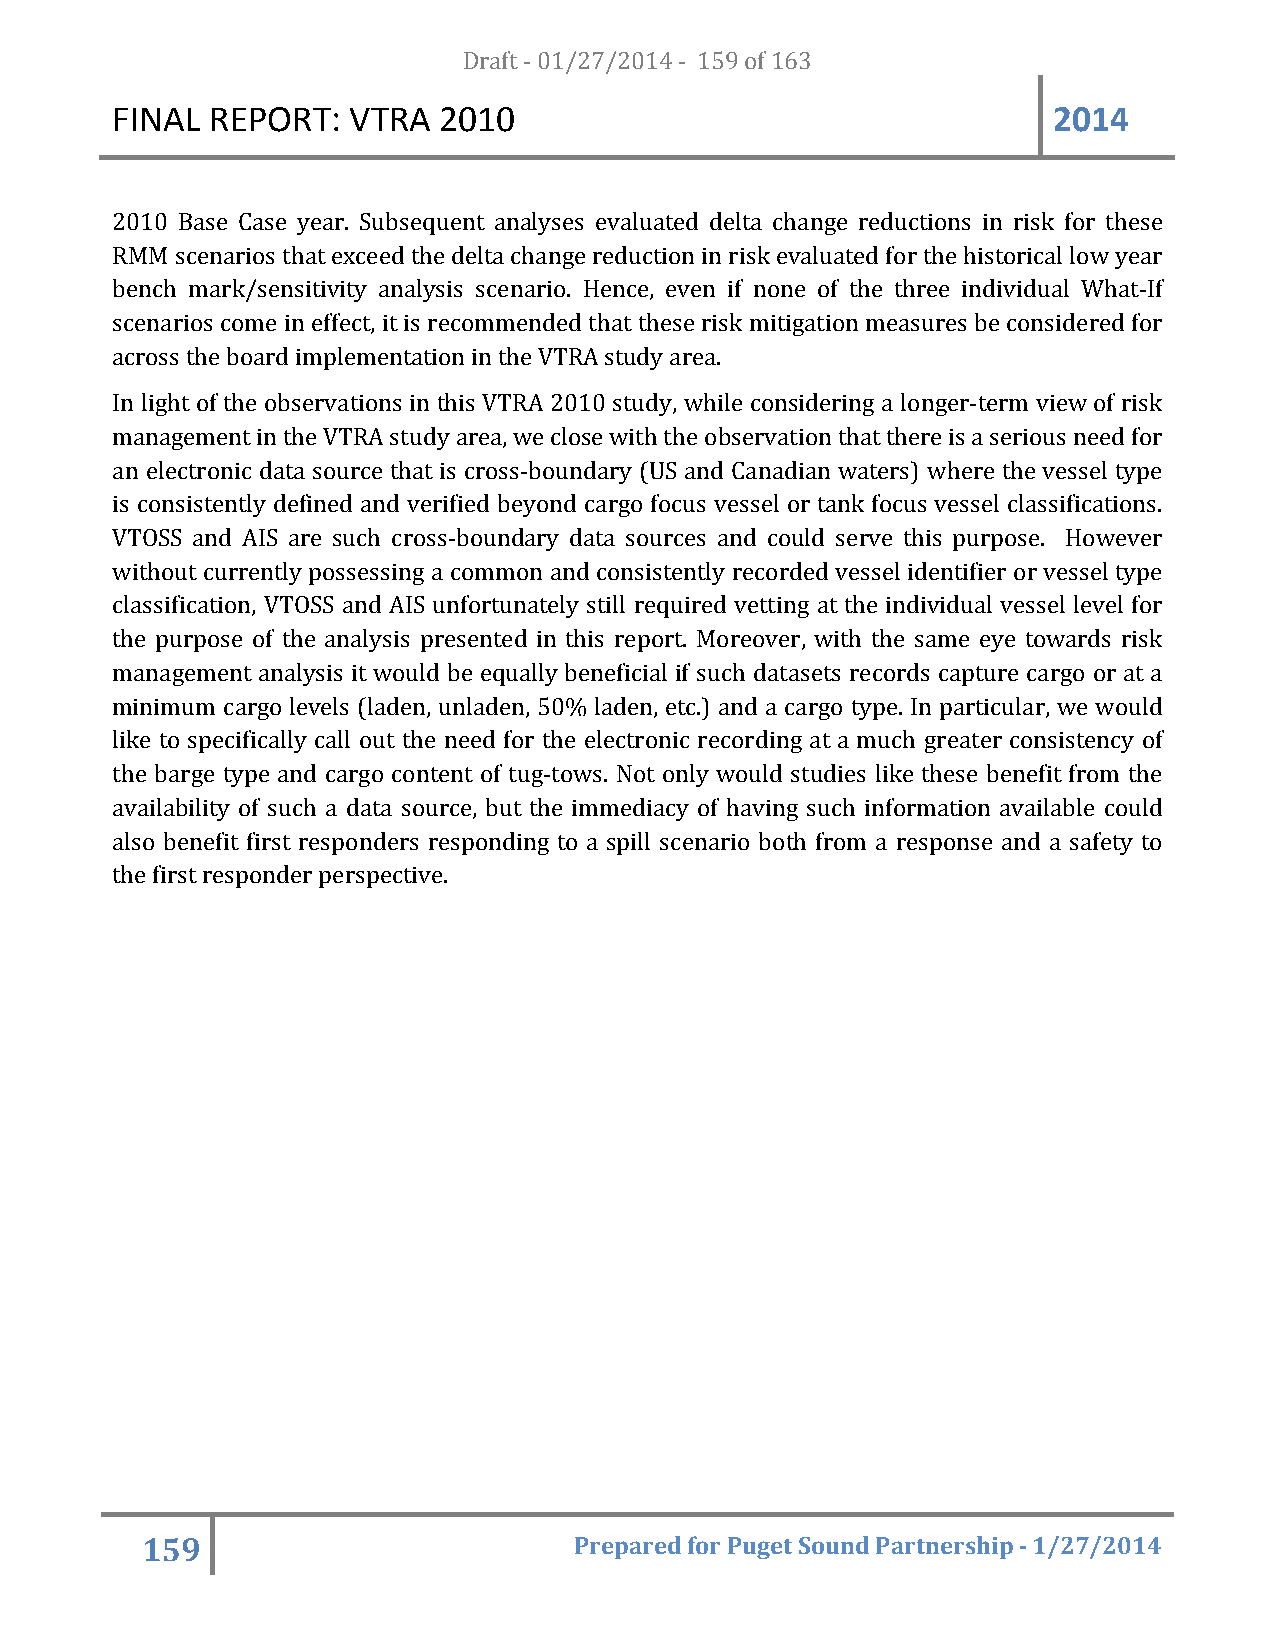
FINAL  REPORT:  VTRA  20D1ra0ft - 01/27/2014 - 159 of 163      2014
 2010 Base Case year. Subsequent analyses evaluated delta change reductions in risk for these
 RMM  scenarios that exceed the delta change reduction in risk evaluated for the historical low year
 bench mark/sensitivity analysis scenario. Hence, even if none of the three individual What-If
 scenarios come in effect, it is recommended that these risk mitigation measures be considered for
 across the board implementation in the VTRA study area.
 In light of the observations in this VTRA 2010 study, while considering a longer-term view of risk
 management in the VTRA study area, we close with the observation that there is a serious need for
 an electronic data source that is cross-boundary (US and Canadian waters) where the vessel type
 is consistently defined and verified beyond cargo focus vessel or tank focus vessel classifications.
 VTOSS and AIS are such cross-boundary data sources and could serve this purpose. However
 without currently possessing a common and consistently recorded vessel identifier or vessel type
 classification, VTOSS and AIS unfortunately still required vetting at the individual vessel level for
 the purpose of the analysis presented in this report. Moreover, with the same eye towards risk
 management analysis it would be equally beneficial if such datasets records capture cargo or at a
 minimum cargo levels (laden, unladen, 50% laden, etc.) and a cargo type. In particular, we would
 like to specifically call out the need for the electronic recording at a much greater consistency of
 the barge type and cargo content of tug-tows. Not only would studies like these benefit from the
 availability of such a data source, but the immediacy of having such information available could
 also benefit first responders responding to a spill scenario both from a response and a safety to
 the first responder perspective.
 159                          Prepared for Puget Sound Partnership - 1/27/2014